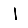
Digit: 1